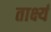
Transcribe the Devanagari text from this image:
तार्क्ष्य